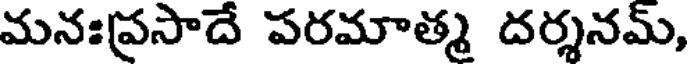
మనఃప్రసాదే పరమాత్మ దర్శనమ్,